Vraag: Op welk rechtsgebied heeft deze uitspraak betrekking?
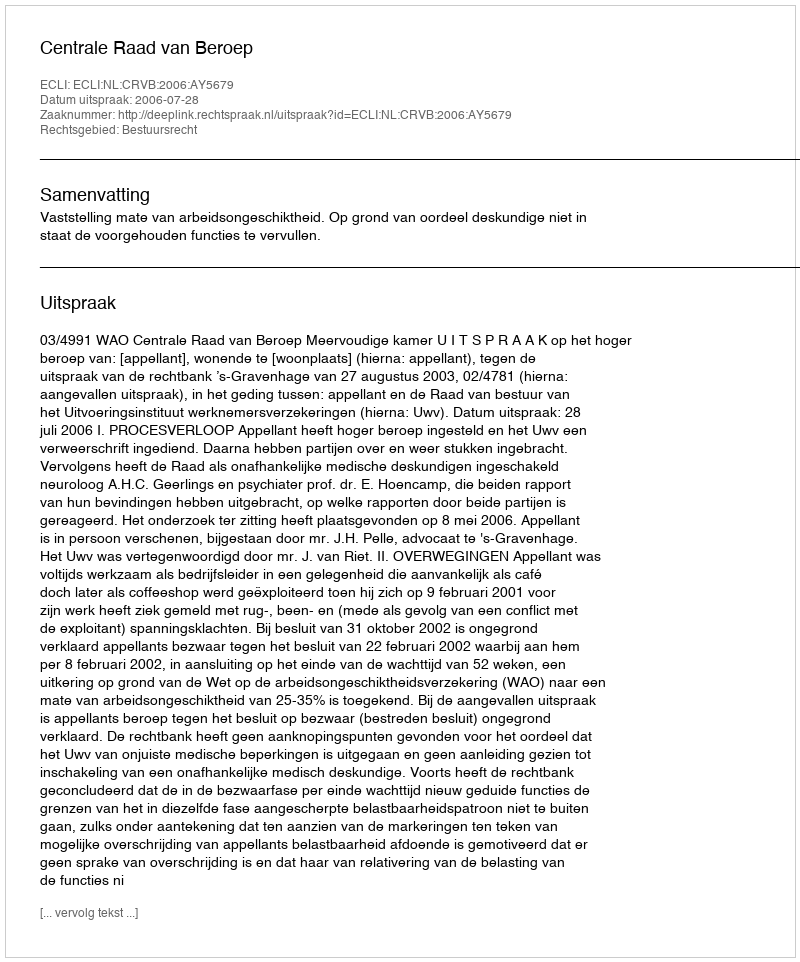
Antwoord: Bestuursrecht